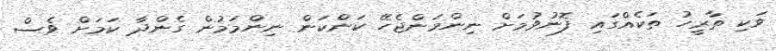
ވަކި ތާރީހު ތަކެއްގައި ފޮނުވުމަށް ނިންމަންޖެހޭ ކަންކަން ނިންމަމުން ގެންދާ ކަމަށް ވެސް